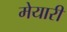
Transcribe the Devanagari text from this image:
मेयारी